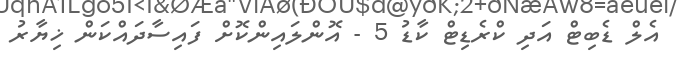
އެލް ޑެބިޓް އަދި ކްރެޑިޓް ކާޑު 5 - އޮންލައިންކޮށް ފައިސާދައްކަން ޚިޔާރު